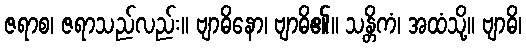
ဇရာစ၊ ဇရာသည်လည်း။ ဗျာဓိနော၊ ဗျာဓိ၏။ သန္တိကံ၊ အထံသို့။ ဗျာဓိ၊